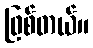
ဖြစ်တယ်။